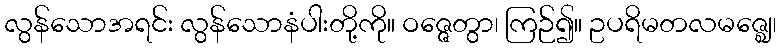
လွန်သောအရင်း လွန်သောနံပါးတို့ကို။ ဝဇ္ဇေတွာ၊ ကြဉ်၍။ ဥပရိမတလမဇ္ဈေ၊